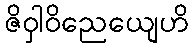
ဇိဝှါဝိညေယျေဟိ